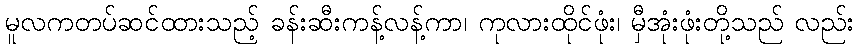
မူလကတပ်ဆင်ထားသည့် ခန်းဆီးကန့်လန့်ကာ၊ ကုလားထိုင်ဖုံး၊ မှီအုံးဖုံးတို့သည် လည်း